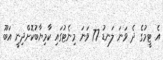
އެ ޓީމުގެ ދެ ވަނަ ލަނޑު 77 ވަނަ މިނެޓުގައި ކާމިޔާބުކޮށްދިނީ އަބޫ